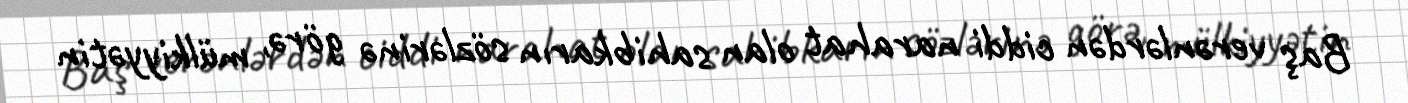
Baş verənlərdən ciddi narahat olan sahibkarın sözlərinə görə, mülkiyyətin